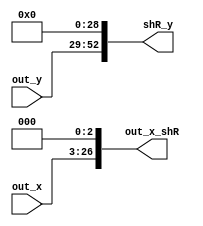
module Alignment_3 (out_x , out_y , shR_y , out_x_shR);
input [23:0]out_x , out_y;
output reg [52:0]shR_y;
output reg [26:0]out_x_shR;
always@(*)
begin
    shR_y = {out_y[23:0], 29'b0 };	
    out_x_shR = {out_x[23:0], 3'b0 };  
end
endmodule